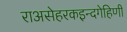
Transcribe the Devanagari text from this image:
राअसेहरकइन्दगेहिणी